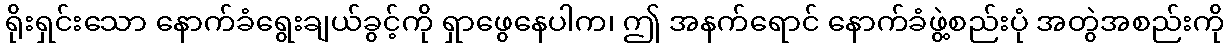
ရိုးရှင်းသော နောက်ခံရွေးချယ်ခွင့်ကို ရှာဖွေနေပါက၊ ဤ အနက်ရောင် နောက်ခံဖွဲ့စည်းပုံ အတွဲအစည်းကို